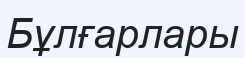
Бұлғарлары